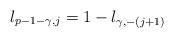
LaTeX: \begin{align*}l_{p-1-\gamma,j}=1-l_{\gamma,-(j+1)}\end{align*}